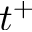
t ^ { + }